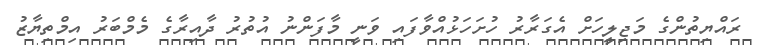
ރައްޔިތުންގެ މަޖިލީހަށް އެގަރާރު ހުށަހަޅުއްވާފައި ވަނީ މާފަންނު އުތުރު ދާއިރާގެ މެމްބަރު އިމްތިޔާޒު